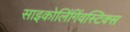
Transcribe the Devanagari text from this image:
साइकोलिंगिंवस्टिक्स